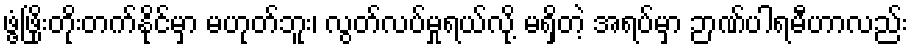
ဖွံ့ဖြိုးတိုးတက်နိုင်မှာ မဟုတ်ဘူး၊ လွတ်လပ်မှုရယ်လို့ မရှိတဲ့ အရပ်မှာ ဉာဏ်ပါရမီဟာလည်း